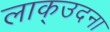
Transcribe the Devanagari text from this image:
लाक्उदना